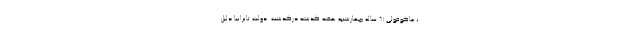
، ماگوفولی 61 ساله چهارشنبه هفته گذشته درگذشت. دولت تانزانیا دلیل